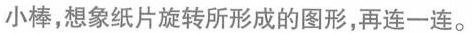
小棒，想象纸片旋转所形成的图形，再连一连。